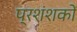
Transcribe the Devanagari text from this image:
प्रशंशकों